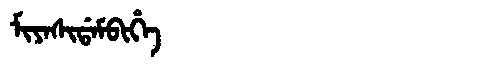
Manchu: ᠮᡳᠶᠠᠰᡳᡩᠠᠮᠪᡳᡥᡝ
Romanization: MIYASIDAMBIHE